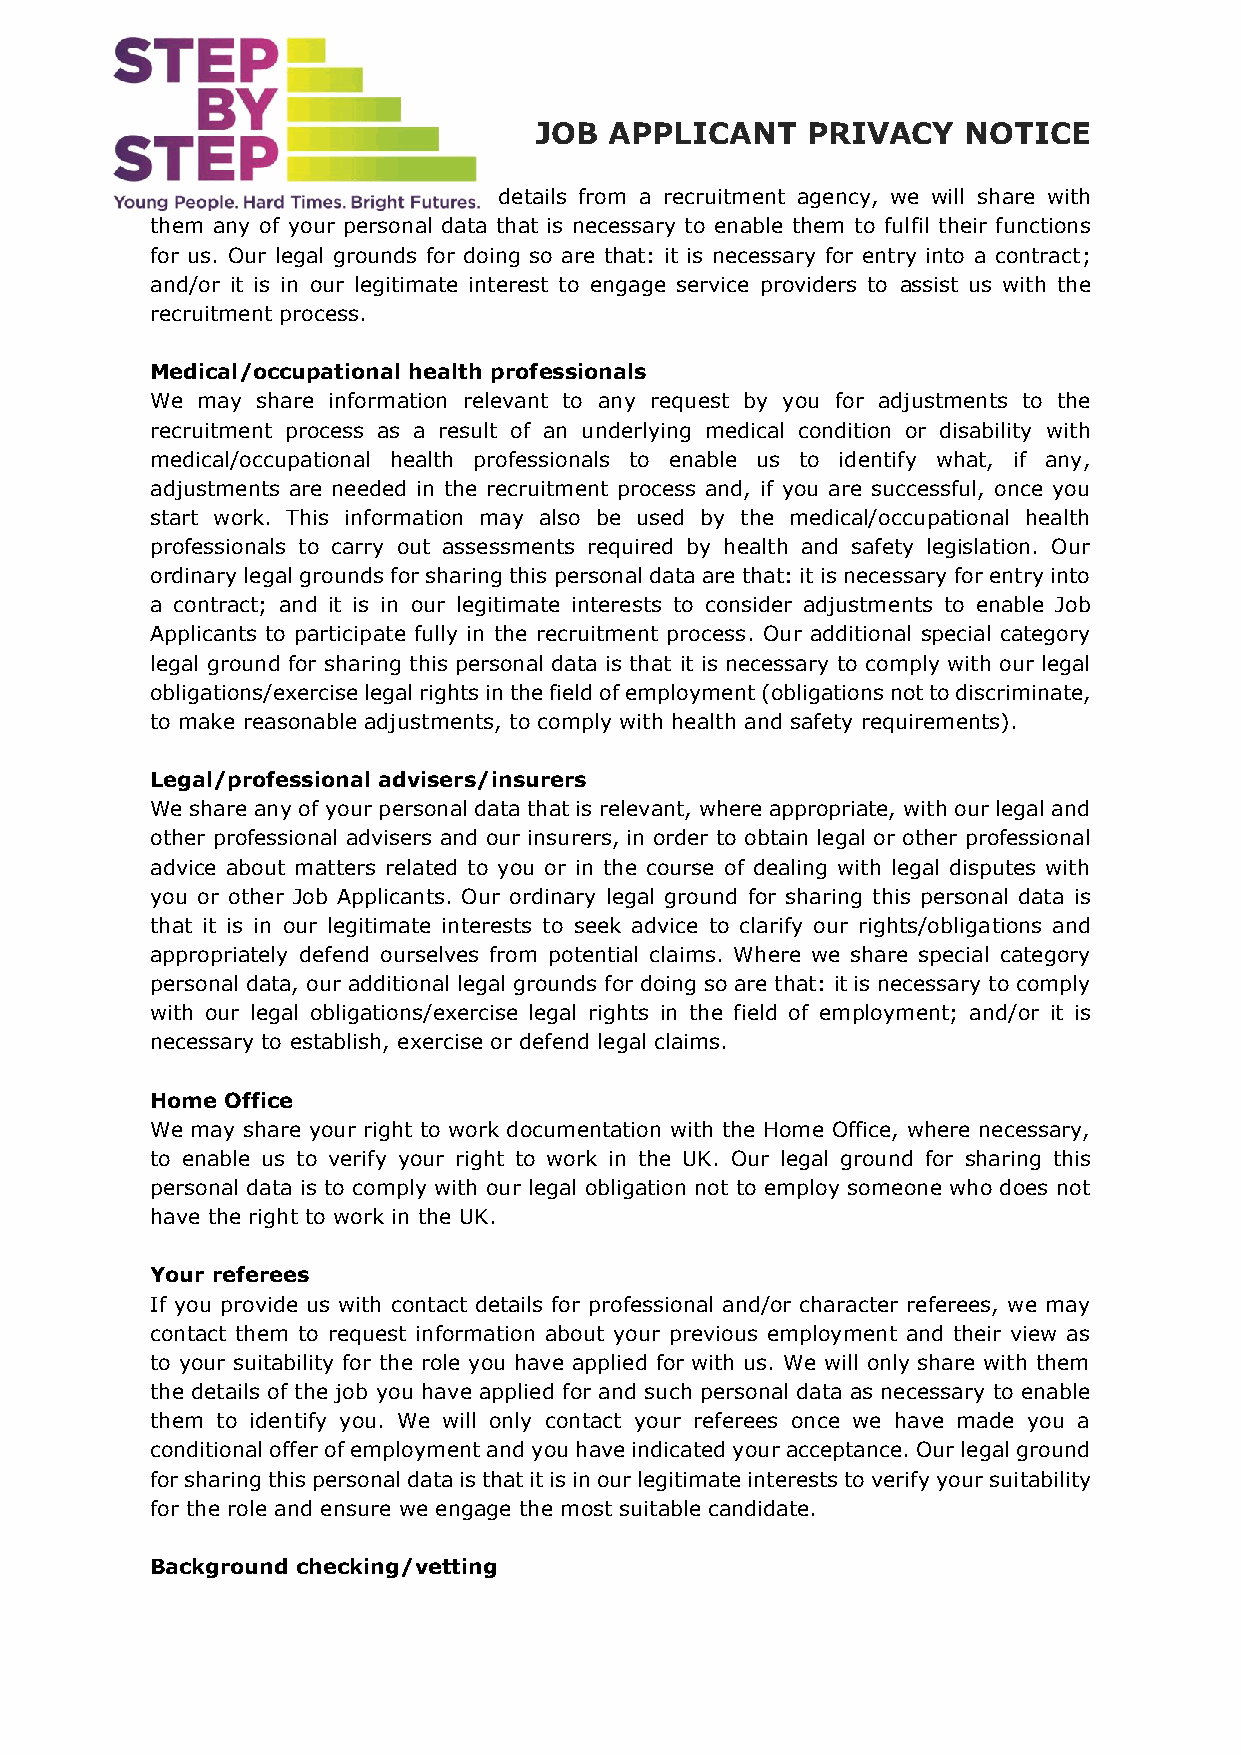
JOB  APPLICANT    PRIVACY    NOTICE
 details from a recruitment agency, we will share with
 them any of your personal data that is necessary to enable them to fulfil their functions
 for us. Our legal grounds for doing so are that: it is necessary for entry into a contract;
 and/or it is in our legitimate interest to engage service providers to assist us with the
 recruitment process.
 Medical/occupational health professionals
 We may share information relevant to any request by you for adjustments to the
 recruitment process as a result of an underlying medical condition or disability with
 medical/occupational health professionals to enable us to identify what, if any,
 adjustments are needed in the recruitment process and, if you are successful, once you
 start work. This information may also be used by the medical/occupational health
 professionals to carry out assessments required by health and safety legislation. Our
 ordinary legal grounds for sharing this personal data are that: it is necessary for entry into
 a contract; and it is in our legitimate interests to consider adjustments to enable Job
 Applicants to participate fully in the recruitment process. Our additional special category
 legal ground for sharing this personal data is that it is necessary to comply with our legal
 obligations/exercise legal rights in the field of employment (obligations not to discriminate,
 to make reasonable adjustments, to comply with health and safety requirements).
 Legal/professional advisers/insurers
 We share any of your personal data that is relevant, where appropriate, with our legal and
 other professional advisers and our insurers, in order to obtain legal or other professional
 advice about matters related to you or in the course of dealing with legal disputes with
 you or other Job Applicants. Our ordinary legal ground for sharing this personal data is
 that it is in our legitimate interests to seek advice to clarify our rights/obligations and
 appropriately defend ourselves from potential claims. Where we share special category
 personal data, our additional legal grounds for doing so are that: it is necessary to comply
 with our legal obligations/exercise legal rights in the field of employment; and/or it is
 necessary to establish, exercise or defend legal claims.
 Home Office
 We may share your right to work documentation with the Home Office, where necessary,
 to enable us to verify your right to work in the UK. Our legal ground for sharing this
 personal data is to comply with our legal obligation not to employ someone who does not
 have the right to work in the UK.
 Your referees
 If you provide us with contact details for professional and/or character referees, we may
 contact them to request information about your previous employment and their view as
 to your suitability for the role you have applied for with us. We will only share with them
 the details of the job you have applied for and such personal data as necessary to enable
 them to identify you. We will only contact your referees once we have made you a
 conditional offer of employment and you have indicated your acceptance. Our legal ground
 for sharing this personal data is that it is in our legitimate interests to verify your suitability
 for the role and ensure we engage the most suitable candidate.
 Background checking/vetting